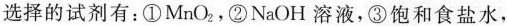
选择的试剂有：①MnO_{2}，②NaOH溶液，③饱和食盐水，